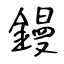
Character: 鏝